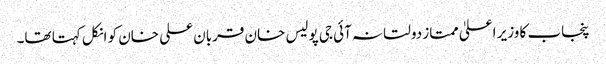
پنجاب کا وزیر اعلیٰ ممتاز دولتانہ آئی جی پولیس خان قربان علی خان کو انکل کہتا تھا۔